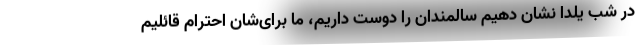
در شب یلدا نشان دهیم سالمندان را دوست داریم، ما برای‌شان احترام قائلیم